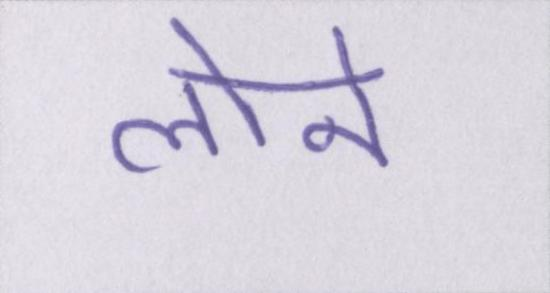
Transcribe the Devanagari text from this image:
लाने